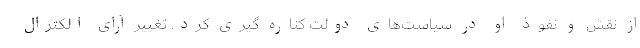
از نقش و نفوذ او در سیاست‌های دولت کناره گیری کرد. تغییر آرای الکترال